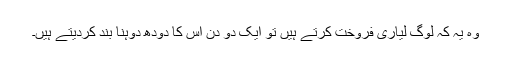
وہ یہ کہ لوگ لیاری فروخت کرتے ہیں تو ایک دو دن اس کا دودھ دوہنا بند کردیتے ہیں۔